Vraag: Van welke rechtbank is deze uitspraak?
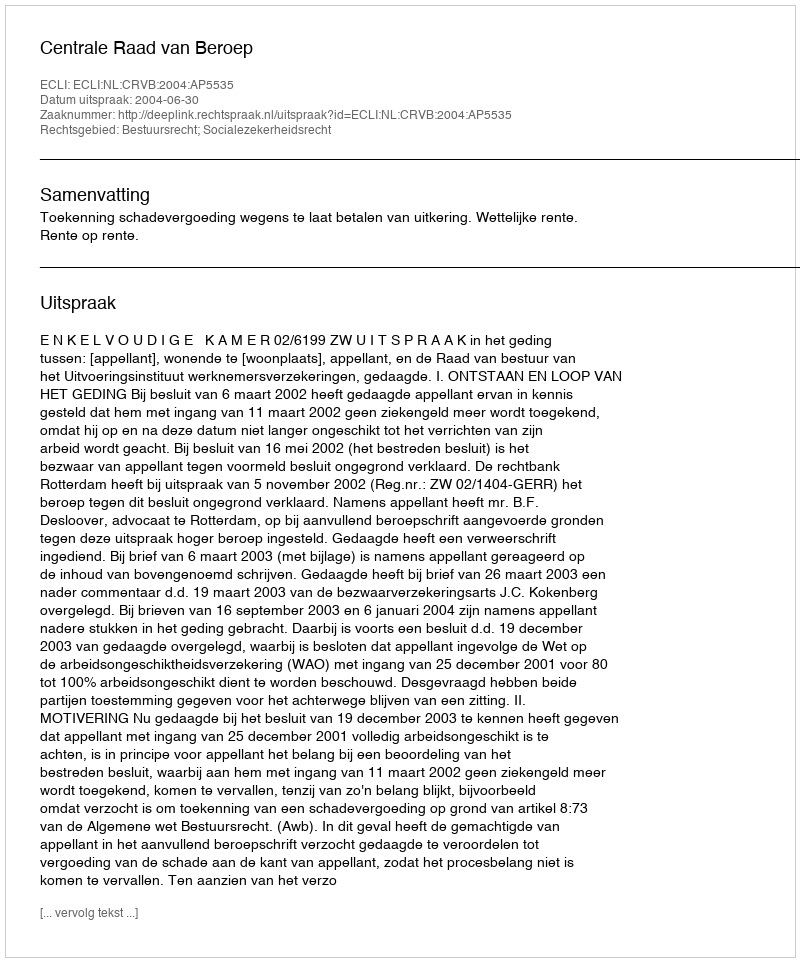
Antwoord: Centrale Raad van Beroep